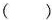
( )